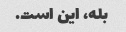
بله، این است.